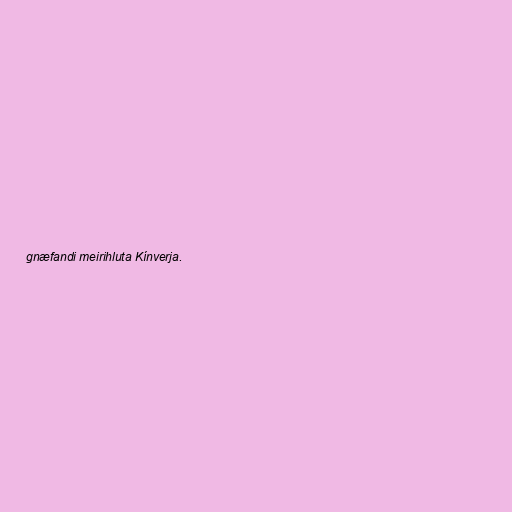
gnæfandi meirihluta Kínverja.